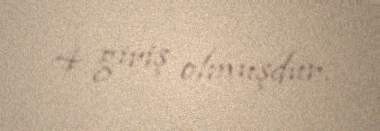
4 giriş olmuşdur.